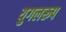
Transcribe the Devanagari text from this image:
युगलरूप